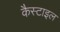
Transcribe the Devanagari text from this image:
कैस्टाइल